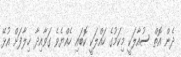
ދެން އޮތް ސުއާލަކީ މިކަމުގެ ހައްލަކީ ކޮބައި ހެއްޔެވެ ގަވާއިދާ ޚިލާފަށް އުޅޭ